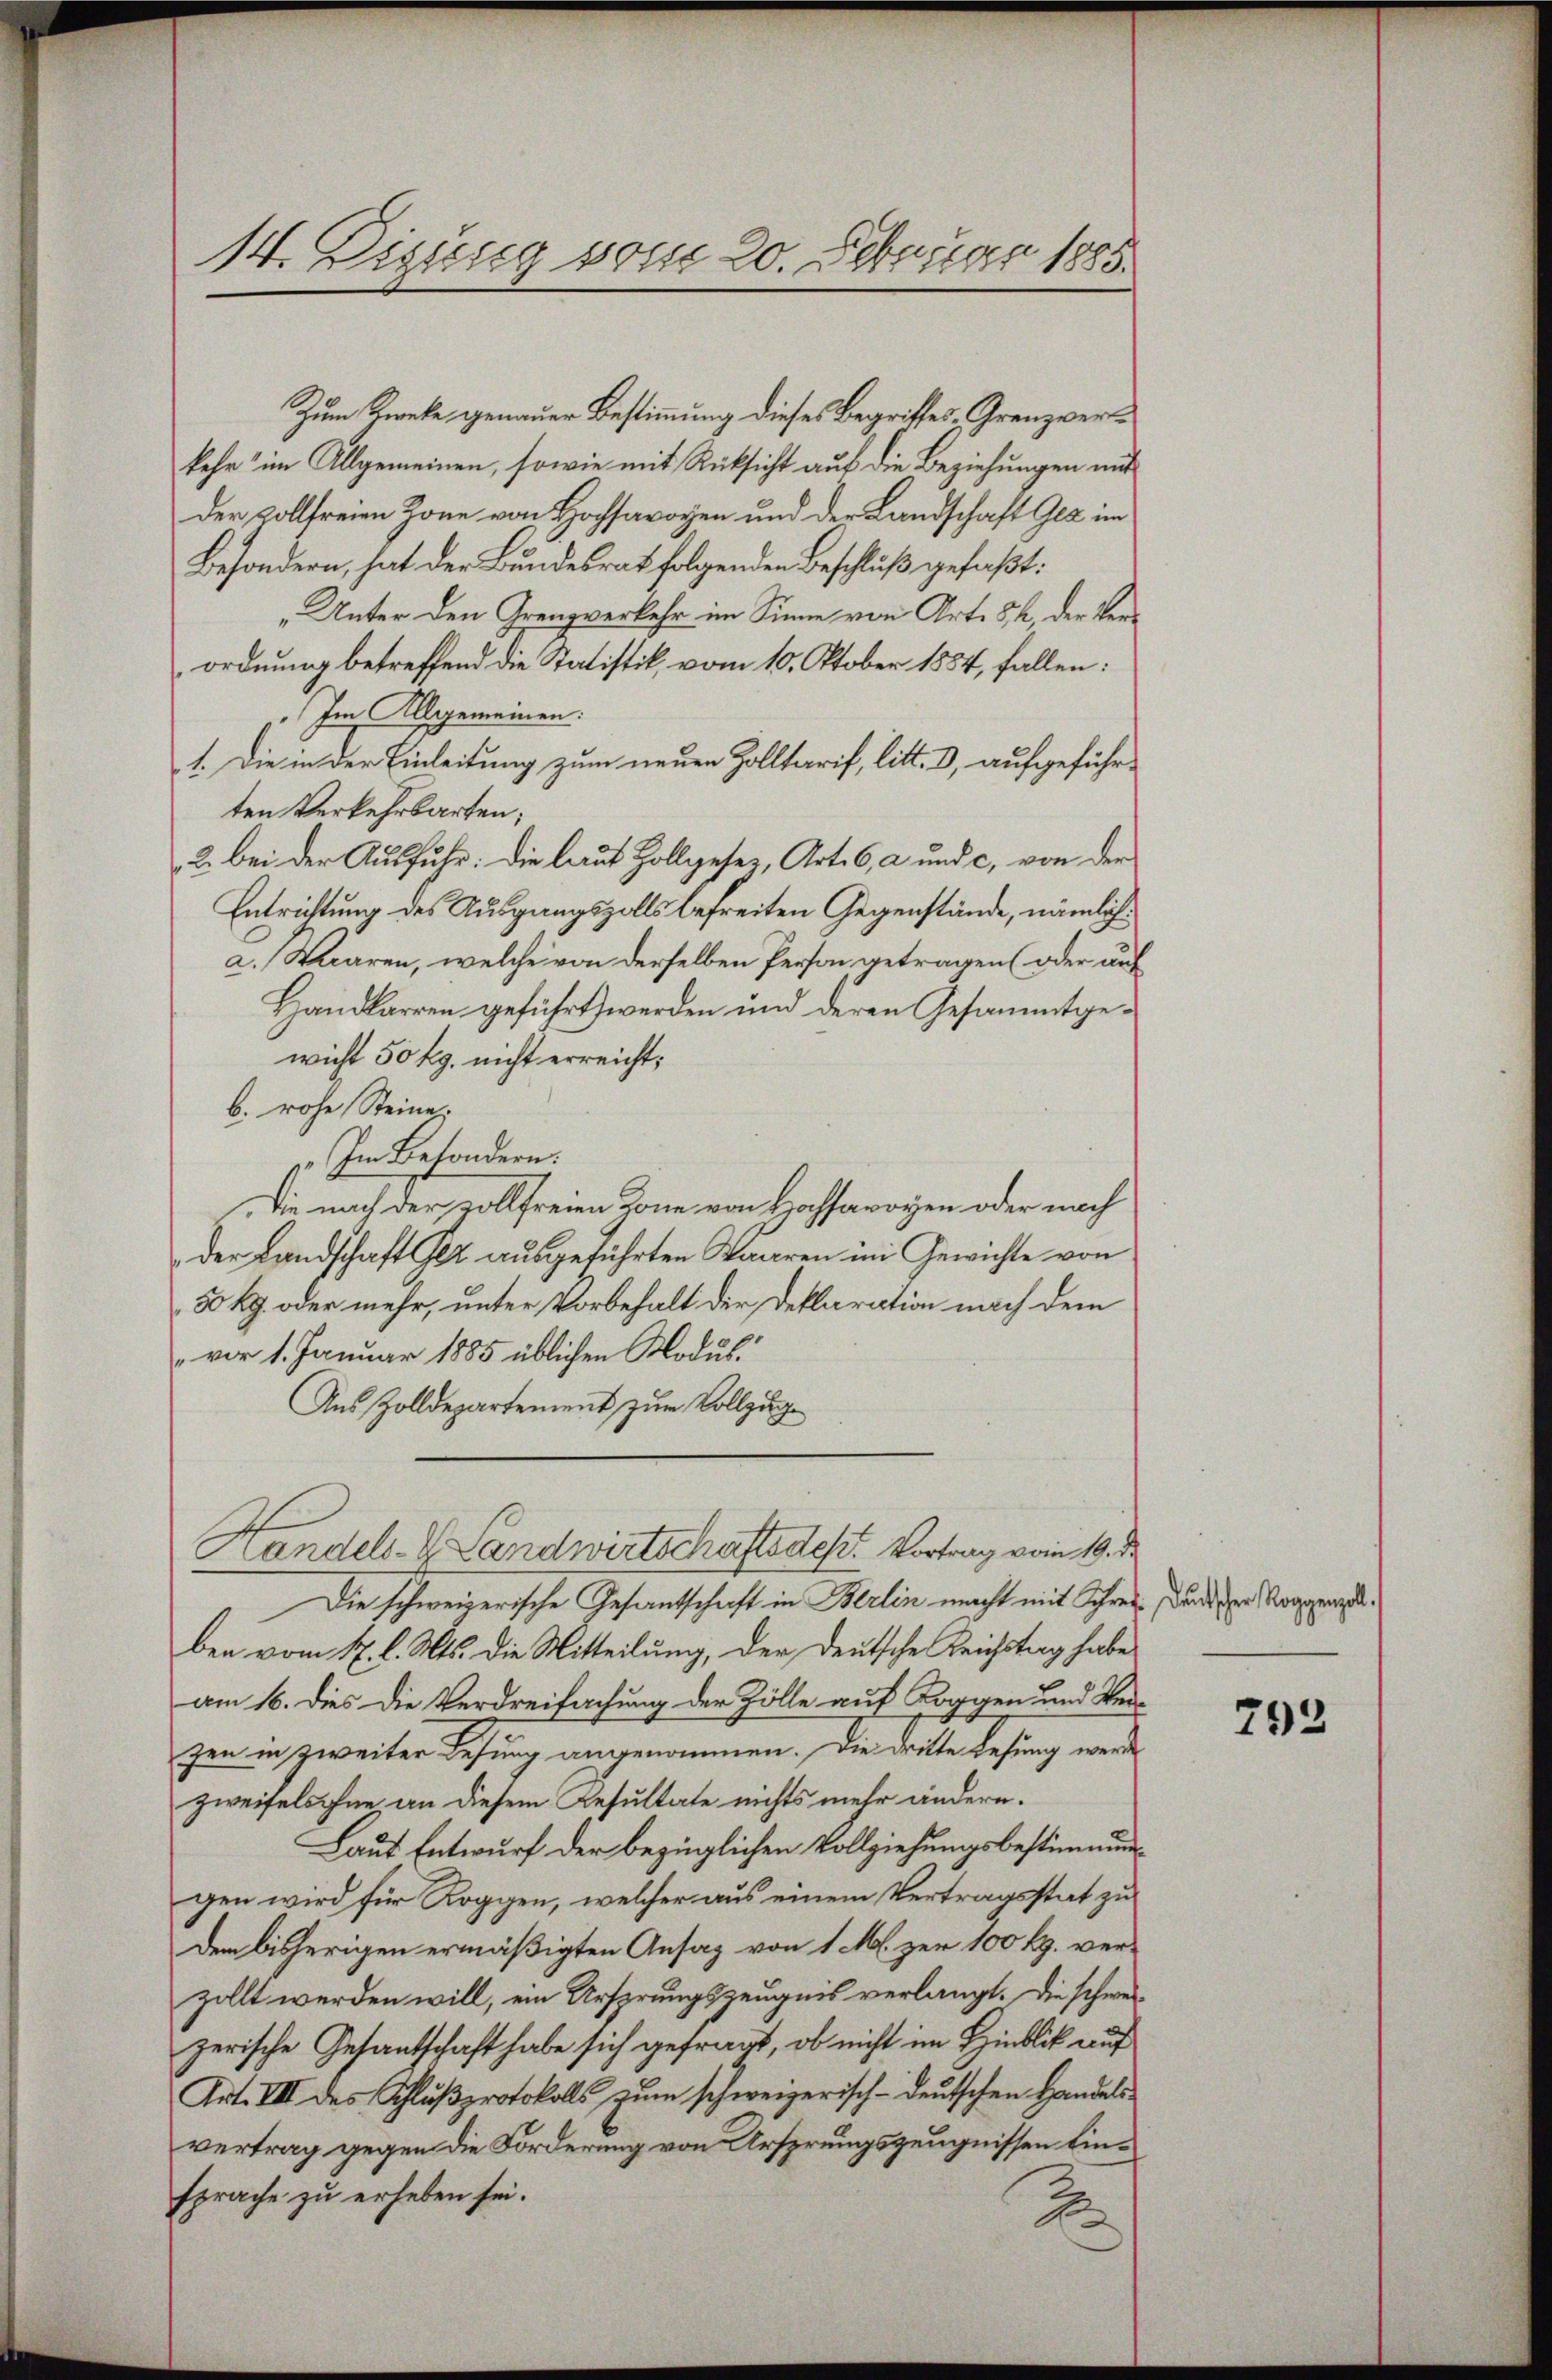
14. Digung vom 20. Februar 1885.

Zum Zwecke genauer Bestimmung dieses Begriffes, Grenzverkehr im Allgemeinen, sowie mit Rücksicht auf die Beziehungen mit
der vollfreien Zone von Hochsavoyen und der Landschaft Gla im
Besondern, hat der Bundesrat folgenden Beschluß gefaßt:
„Unter den Grenzverkehr im Sinne von Art. 52, der Verordnung betreffend die Statistik, vom 10. Oktober 1854, fallen:
„Im Allgemeinen:
1. Die in der Einleitung zum neuen Zolltarif, litt. d, aufgeführten Verkehrbarten;
2. bei der Ausfuhr: Die laut Hollgeser, Art. 6, a und c. von der
Entrichtung des Ausgangszolls befreiten Gegenstände, nämlich:
a. Waren, welche von derselben Person getragen (oder auf
Handlarren geführt werden und deren Gesammtgewicht 50 kg. nicht erreicht;
b. rohe Steine
„Im Besondern.
Die nach der vollfreien Zone von Hochsavoyen oder nach
der Landschaft er ausgeführten Waaren im Gewichte von
50 kg. oder mehr, unter Vorbehalt der Deklaration nach dem
vor 1. Januar 1885 üblichen Modus
Aus Zolldepartement zum Vollzuge
Handels- & Landwirtschafts des Vortrag vom 19. de
Die schweizerische Gesantschaft in Berlin macht mit Schres durch der Morgenzelben vom 1. l. Mts. die Mitteilung, der deutsche Reichstag habe
am 16. dies die Verdreifachung der Zölle auf Koggen und Ver-
zen in zweiter Lesung angenommen. Die dritte Lesung werde
zweifelsohne an diesem Resultate nichts mehr ändern.
Laut Entwurf der bezüglichen Vollziehungsbestimmungen wird für Roggen, welcher aus einem Vertragsstat zu
dem bisherigen ermäßigten Ansaz von 1 M. zur 100 Rp. verzollt werden will, ein Ursprungszeugnis verlangt. Die schwerzerische Gesantschaft habe sich gefragt, ob nicht im Hinblick auf
Art. III des Schlŭβprotokolls zŭm schweizerisch-deŭtschen Handels-
vertrag gegen die Forderung von Arsprungszeugnissen Einsprache zu erheben sei.
A

792